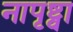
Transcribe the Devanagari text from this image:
नापृष्ट्वा